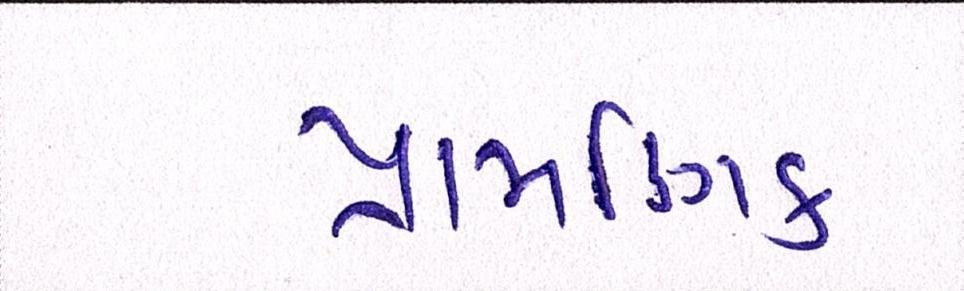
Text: પ્રામાણિક